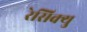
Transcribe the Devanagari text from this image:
रेसिक्यु